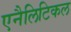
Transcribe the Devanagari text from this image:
एनैलिटिकल